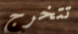
تتخرج